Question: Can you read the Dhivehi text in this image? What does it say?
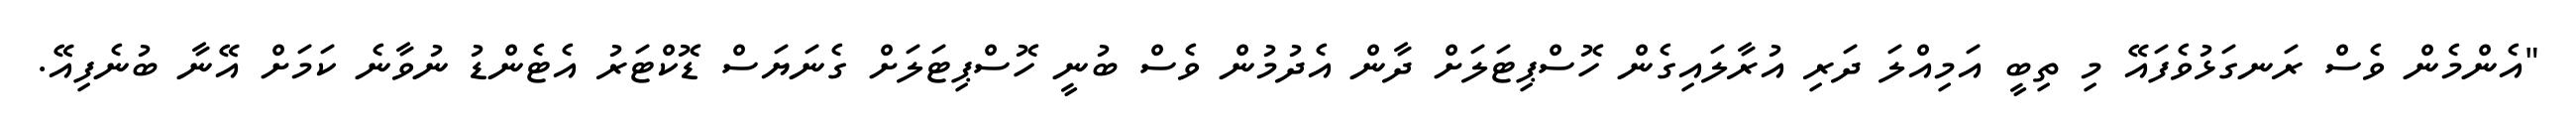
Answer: "އެންމެން ވެސް ރަނގަޅުވެފައޭ މި ތިބީ އަމިއްލަ ދަރި އުރާލައިގެން ހޮސްޕިޓަލަށް ދާން އެދުމުން ވެސް ބުނީ ހޮސްޕިޓަލަށް ގެނަޔަސް ޑޮކްޓަރު އެޓެންޑު ނުވާނެ ކަމަށް އޭނާ ބުނެފިއޭ.